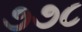
૭૭૮